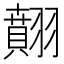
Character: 翸